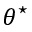
\theta ^ { \star }